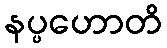
နပ္ပဟောတိ